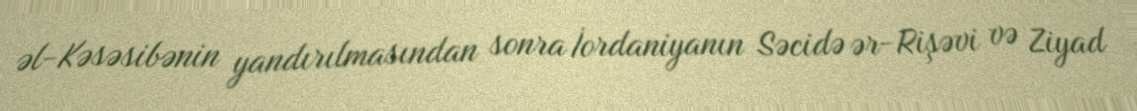
əl-Kəsəsibənin yandırılmasından sonra İordaniyanın Səcidə ər-Rişəvi və Ziyad